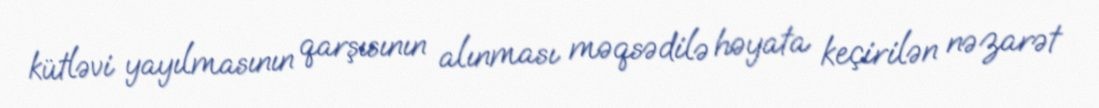
kütləvi yayılmasının qarşısının alınması məqsədilə həyata keçirilən nəzarət